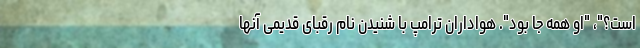
است؟"، "او همه جا بود". هواداران ترامپ با شنیدن نام رقبای قدیمی آنها